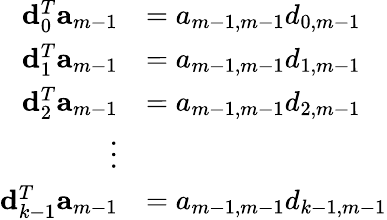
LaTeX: \begin{array}{rl}{{\mathbf d}_{0}^{T}{\mathbf a}_{m-1}}&{=a_{m-1,m-1}d_{0,m-1}}\\ {{\mathbf d}_{1}^{T}{\mathbf a}_{m-1}}&{=a_{m-1,m-1}d_{1,m-1}}\\ {{\mathbf d}_{2}^{T}{\mathbf a}_{m-1}}&{=a_{m-1,m-1}d_{2,m-1}}\\ {\vdots}\\ {{\mathbf d}_{k-1}^{T}{\mathbf a}_{m-1}}&{=a_{m-1,m-1}d_{k-1,m-1}}\end{array}